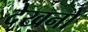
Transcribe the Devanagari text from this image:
देखनो